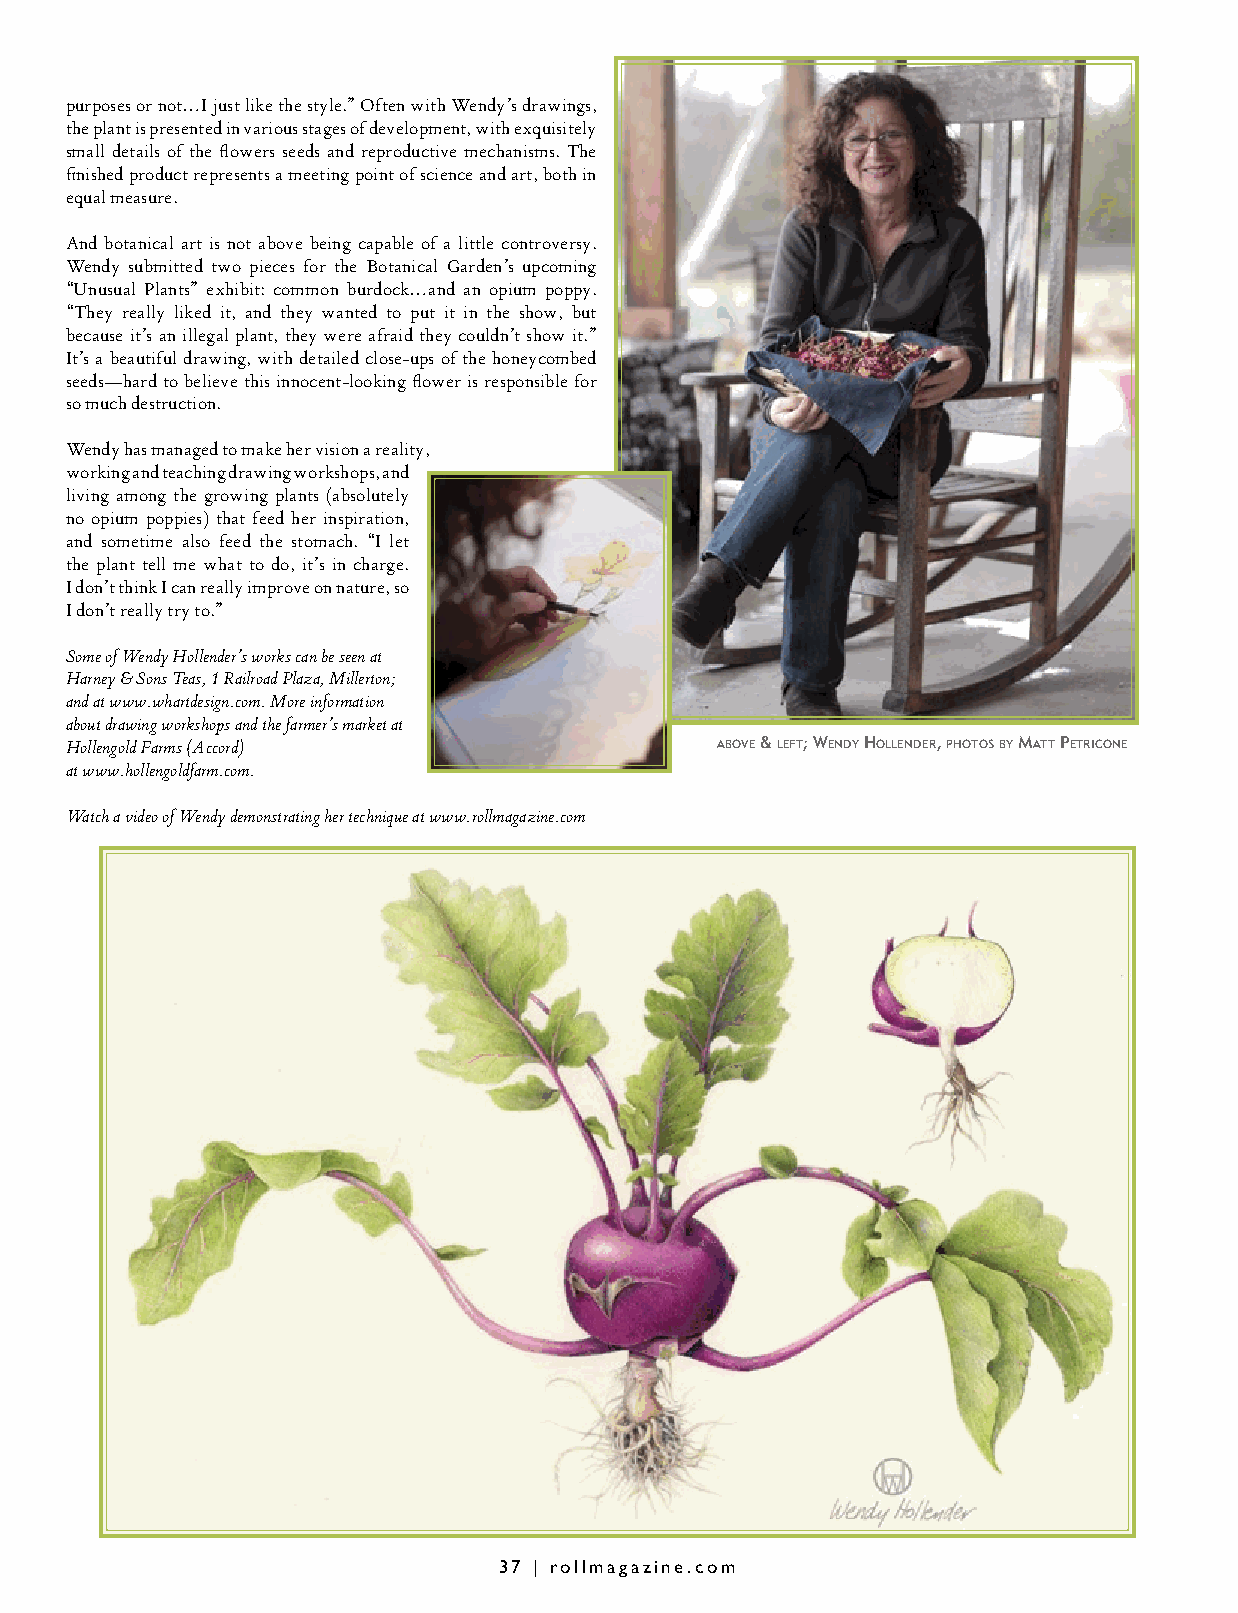
purposes or not…I just like the style.” Often with Wendy’s drawings,
 the plant is presented in various stages of development, with exquisitely
 small details of the flowers seeds and reproductive mechanisms. The
 finished product represents a meeting point of science and art, both in
 equal measure.
 And botanical art is not above being capable of a little controversy.
 Wendy submitted two pieces for the Botanical Garden’s upcoming
 “Unusual Plants” exhibit: common burdock…and an opium poppy.
 “They really liked it, and they wanted to put it in the show, but
 because it’s an illegal plant, they were afraid they couldn’t show it.”
 It’s a beautiful drawing, with detailed close-ups of the honeycombed
 seeds—hard to believe this innocent-looking flower is responsible for
 so much destruction.
 Wendy has managed to make her vision a reality,
 working and teaching drawing workshops, and
 living among the growing plants (absolutely
 no opium poppies) that feed her inspiration,
 and sometime also feed the stomach. “I let
 the plant tell me what to do, it’s in charge.
 I don’t think I can really improve on nature, so
 I don’t really try to.”
 Some of Wendy Hollender’s works can be seen at
 Harney & Sons Teas, 1 Railroad Plaza, Millerton;
 and at www.whartdesign.com. More information
 about drawing workshops and the farmer’s market at
 Hollengold Farms (Accord)                  Above & leFt; wendy Hollender, pHotoS by mAtt petriCone
 at www.hollengoldfarm.com.
 Watch a video of Wendy demonstrating her technique at www.rollmagazine.com
 37 | rollmagazine.com